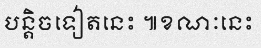
បន្តិចទៀតនេះ ៕ខណៈនេះ